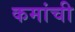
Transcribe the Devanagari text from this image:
कमांची